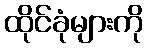
ထိုင်ခုံများကို